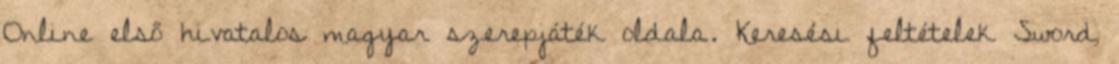
Online első hivatalos magyar szerepjáték oldala. Keresési feltételek Sword